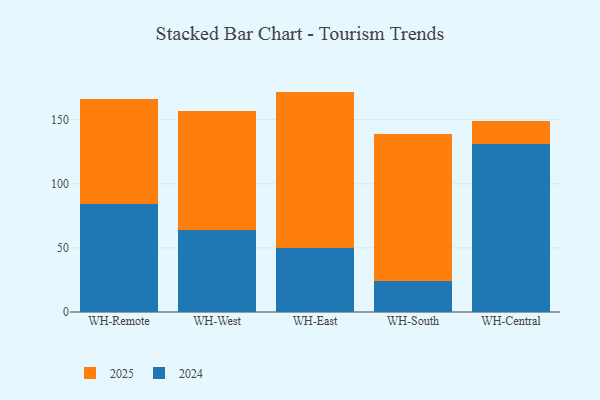
{"axis": {"x": "Warehouse", "y": "Humidity (%)"}, "legend": ["2024", "2025"], "data": [{"x": "WH-Remote", "y": 81.3, "type": "2025"}, {"x": "WH-Remote", "y": 84.6, "type": "2024"}, {"x": "WH-West", "y": 92.8, "type": "2025"}, {"x": "WH-West", "y": 64.0, "type": "2024"}, {"x": "WH-East", "y": 122.2, "type": "2025"}, {"x": "WH-East", "y": 49.7, "type": "2024"}, {"x": "WH-South", "y": 114.6, "type": "2025"}, {"x": "WH-South", "y": 24.0, "type": "2024"}, {"x": "WH-Central", "y": 18.6, "type": "2025"}, {"x": "WH-Central", "y": 130.7, "type": "2024"}]}